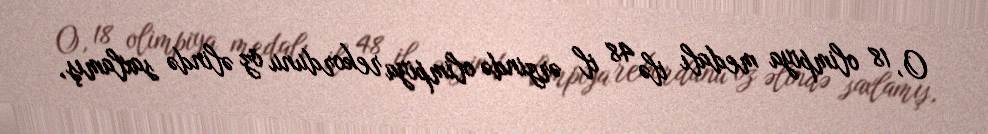
O, 18 olimpiya medalı ilə 48 il ərzində olimpiya rekordunu öz əlində saxlamış,